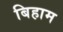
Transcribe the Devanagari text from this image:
बिहाम